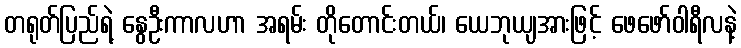
တရုတ်ပြည်ရဲ့ နွေဦးကာလဟာ အရမ်း တိုတောင်းတယ်၊ ယေဘုယျအားဖြင့် ဖေဖော်ဝါရီလနဲ့